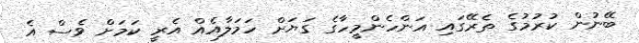
ބޭނުން ކުރުމުގެ ތެރޭގައި އަންހެންމީހާގެ ގަޔަށް ހަމަލާއެއް އެރީ ކަމަށް ވެސް އެ